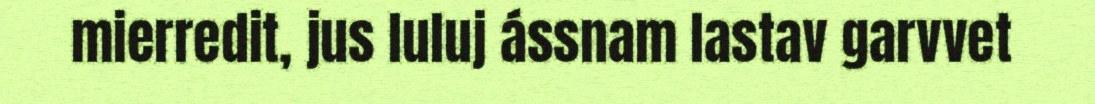
mierredit, jus luluj ássnam lastav garvvet